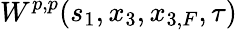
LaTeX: W^{p,p}(s_{1},x_{3},x_{3,F},\tau)